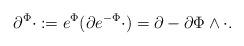
LaTeX: \begin{align*}\partial^{\Phi}\cdot := e^{\Phi}(\partial e^{-\Phi}\cdot) = \partial - \partial\Phi\wedge\cdot.\end{align*}